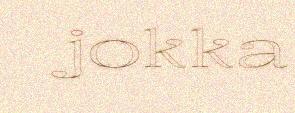
jokka